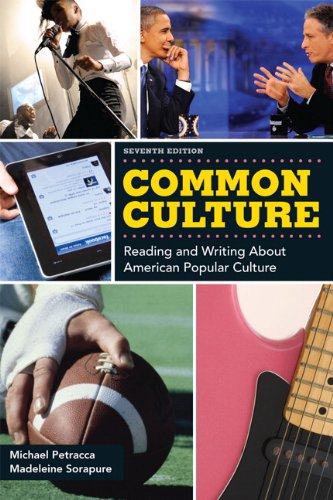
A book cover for Common Culture (7th Edition); Michael F. Petracca; History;